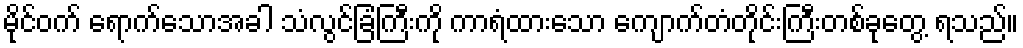
မိုင်ဝက် ရောက်သောအခါ သံလွင်ခြံကြီးကို ကာရံထားသော ကျောက်တံတိုင်းကြီးတစ်ခုတွေ့ ရသည်။